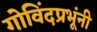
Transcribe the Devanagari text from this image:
गोविंदप्रभूंनी